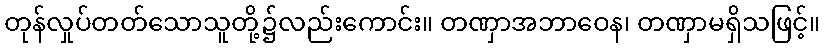
တုန်လှုပ်တတ်သောသူတို့၌လည်းကောင်း။ တဏှာအဘာဝေန၊ တဏှာမရှိသဖြင့်။